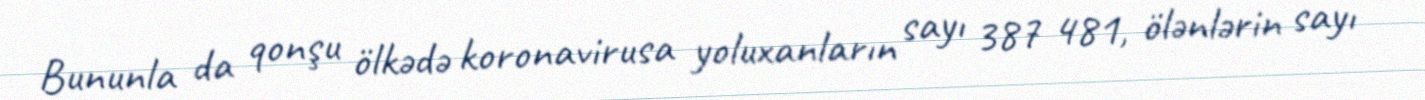
Bununla da qonşu ölkədə koronavirusa yoluxanların sayı 387 481, ölənlərin sayı